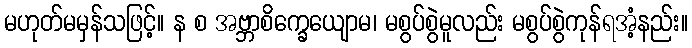
မဟုတ်မမှန်သဖြင့်။ န စ အဗ္ဘာစိက္ခေယျောမ၊ မစွပ်စွဲမူလည်း မစွပ်စွဲကုန်ရအံ့နည်း။